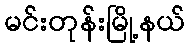
မင်းတုန်းမြို့နယ်